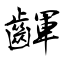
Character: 齳